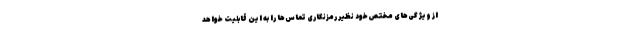
از ویژگی‌های مختص خود نظیر رمزنگاری تماس‌ها را به این قابلیت خواهد